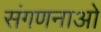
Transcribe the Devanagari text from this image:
संगणनाओ